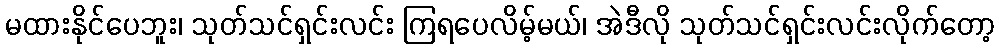
မထားနိုင်ပေဘူး၊ သုတ်သင်ရှင်းလင်း ကြရပေလိမ့်မယ်၊ အဲဒီလို သုတ်သင်ရှင်းလင်းလိုက်တော့